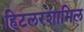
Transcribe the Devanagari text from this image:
हिटलरशामिल